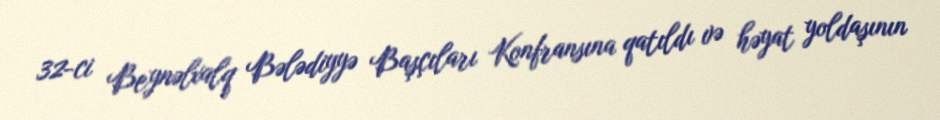
32-ci Beynəlxalq Bələdiyyə Başçıları Konfransına qatıldı və həyat yoldaşının